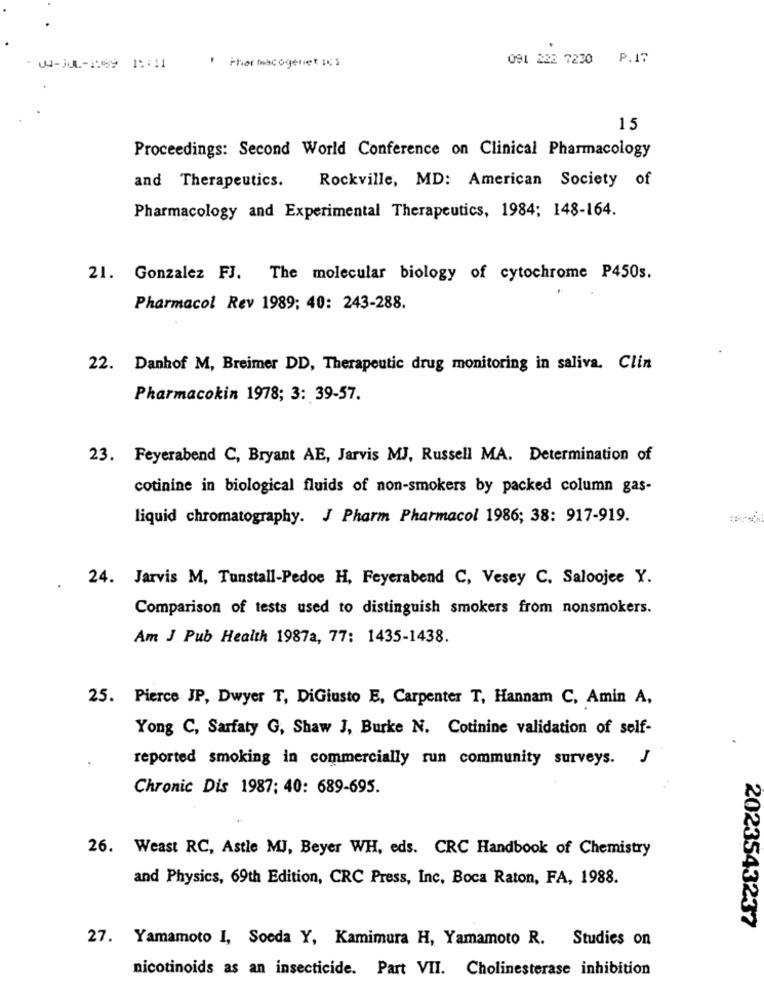
Pher macogeniet ICS
091 228 7230 P.17
15
Proceedings: Second World Conference on Clinical Pharmacology
Rockville, MD: American Society of
and Therapeutics.
Pharmacology and Experimental Therapeutics, 1984; 148-164.
21. Gonzalez FJ. The molecular biology of cytochrome P450s.
Pharmacol Rev 1989; 40: 243-288.
22. Danhof M, Breimer DD, Therapeutic drug monitoring in saliva. Clin
Pharmacokin 1978; 3: 39-57.
23. Feyerabend C, Bryant AE, Jarvis MJ, Russell MA. Determination of
cotinine in biological fluids of non-smokers by packed column gas-
liquid chromatography. J Pharm Pharmacol 1986; 38: 917-919.
24. Jarvis M, Tunstall-Pedoe H, Feyerabend C, Vesey C. Saloojee Y.
.
Comparison of tests used to distinguish smokers from nonsmokers.
Am J Pub Health 1987a, 77: 1435-1438.
25. Pierce JP, Dwyer T, DiGiusto E, Carpenter T, Hannam C, Amin A,
Yong C, Sarfaty G, Shaw J, Burke N. Cotinine validation of self-
reported smoking in commercially run community surveys. J
Chronic Dis 1987: 40: 689-695.
26. Weast RC, Astle MJ, Beyer WH, eds. CRC Handbook of Chemistry
and Physics, 69th Edition, CRC Press, Inc, Boca Raton, FA, 1988.
023543237
27. Yamamoto I, Soeda Y, Kamimura H, Yamamoto R. Studies on
nicotinoids as an insecticide. Part VII. Cholinesterase inhibition